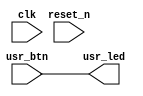
`timescale 1ns / 1ps
module lab4(
  input  clk,            // System clock at 100 MHz
  input  reset_n,        // System reset signal, in negative logic
  input  [3:0] usr_btn,  // Four user pushbuttons
  output [3:0] usr_led   // Four yellow LEDs
);

assign usr_led = usr_btn;

endmodule